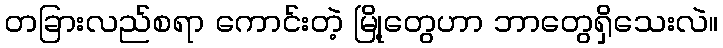
တခြားလည်စရာ ကောင်းတဲ့ မြို့တွေဟာ ဘာတွေရှိသေးလဲ။